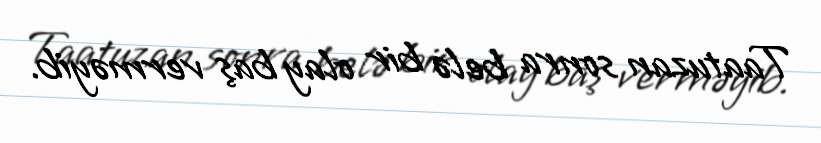
Taatuzan sonra belə bir olay baş verməyib.